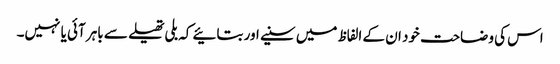
اس کی وضاحت خود ان کے الفاظ میں سنیے اور بتائیے کہ بلی تھیلے سے باہر آئی یا نہیں۔